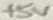
Text: +5V